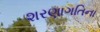
શરણાગતિના